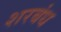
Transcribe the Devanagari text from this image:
शरबंध